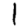
Digit: 1